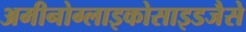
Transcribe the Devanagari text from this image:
अमीनोग्लाइकोसाइडजैसे